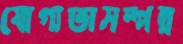
যোগ্যতাসম্পন্ন